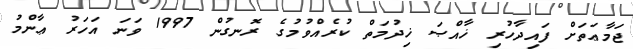
ޖަމާޢަތަށް ފައިދާހުރި ޚާއްޞަ ޚިދުމަތް ކުރެއްވުމުގެ ރޮނގުން 1997 ވަނަ އަހަރު ޢާންމު